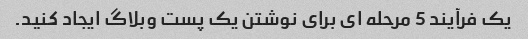
یک فرآیند 5 مرحله ای برای نوشتن یک پست وبلاگ ایجاد کنید.